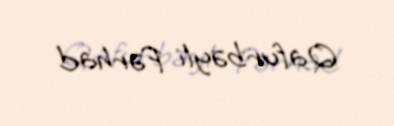
Qafurbəyli Fərhad